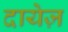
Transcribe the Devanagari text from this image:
दायेज़